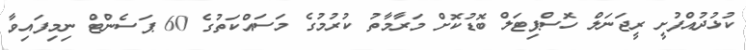
ކުޅުދުއްފުށީ ރީޖަނަލް ހޮސްޕިޓަލް ބޮޑުކޮށް މަރާމާތު ކުރުމުގެ މަސައްކަތުގެ 60 ޕަސެންޓް ނިމިފައިވާ